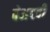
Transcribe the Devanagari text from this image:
बेअदबी